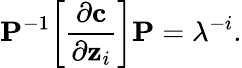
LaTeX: \mathbf{P}^{-1}\bigg[\frac{\partial\mathbf{c}}{\partial\mathbf{z}_{i}}\bigg]\mathbf{P}=\lambda^{-i}.